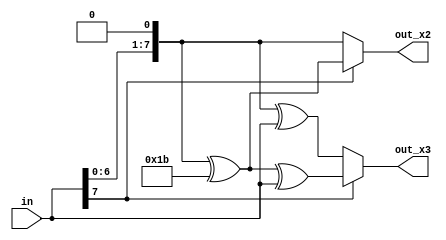
module multiply(
    input [7:0] in,
    output [7:0] out_x2,
    output [7:0] out_x3
);

assign out_x2 = (in[7]==1'b1)? ({in[6:0],1'b0}^8'b0001_1011) : {in[6:0],1'b0};
assign out_x3 = (in[7]==1'b1)? (({in[6:0],1'b0}^8'b0001_1011)^in) : ({in[6:0],1'b0}^in);

endmodule